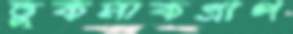
তুকমাকগ্রাপ